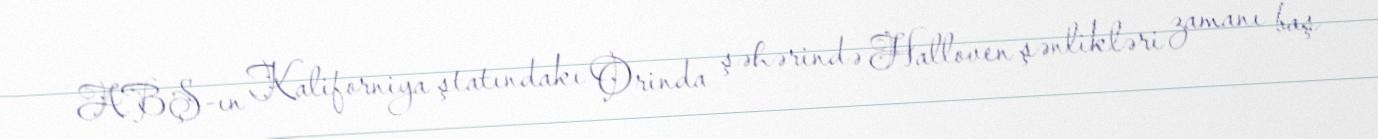
ABŞ-ın Kaliforniya ştatındakı Orinda şəhərində Halloven şənlikləri zamanı baş